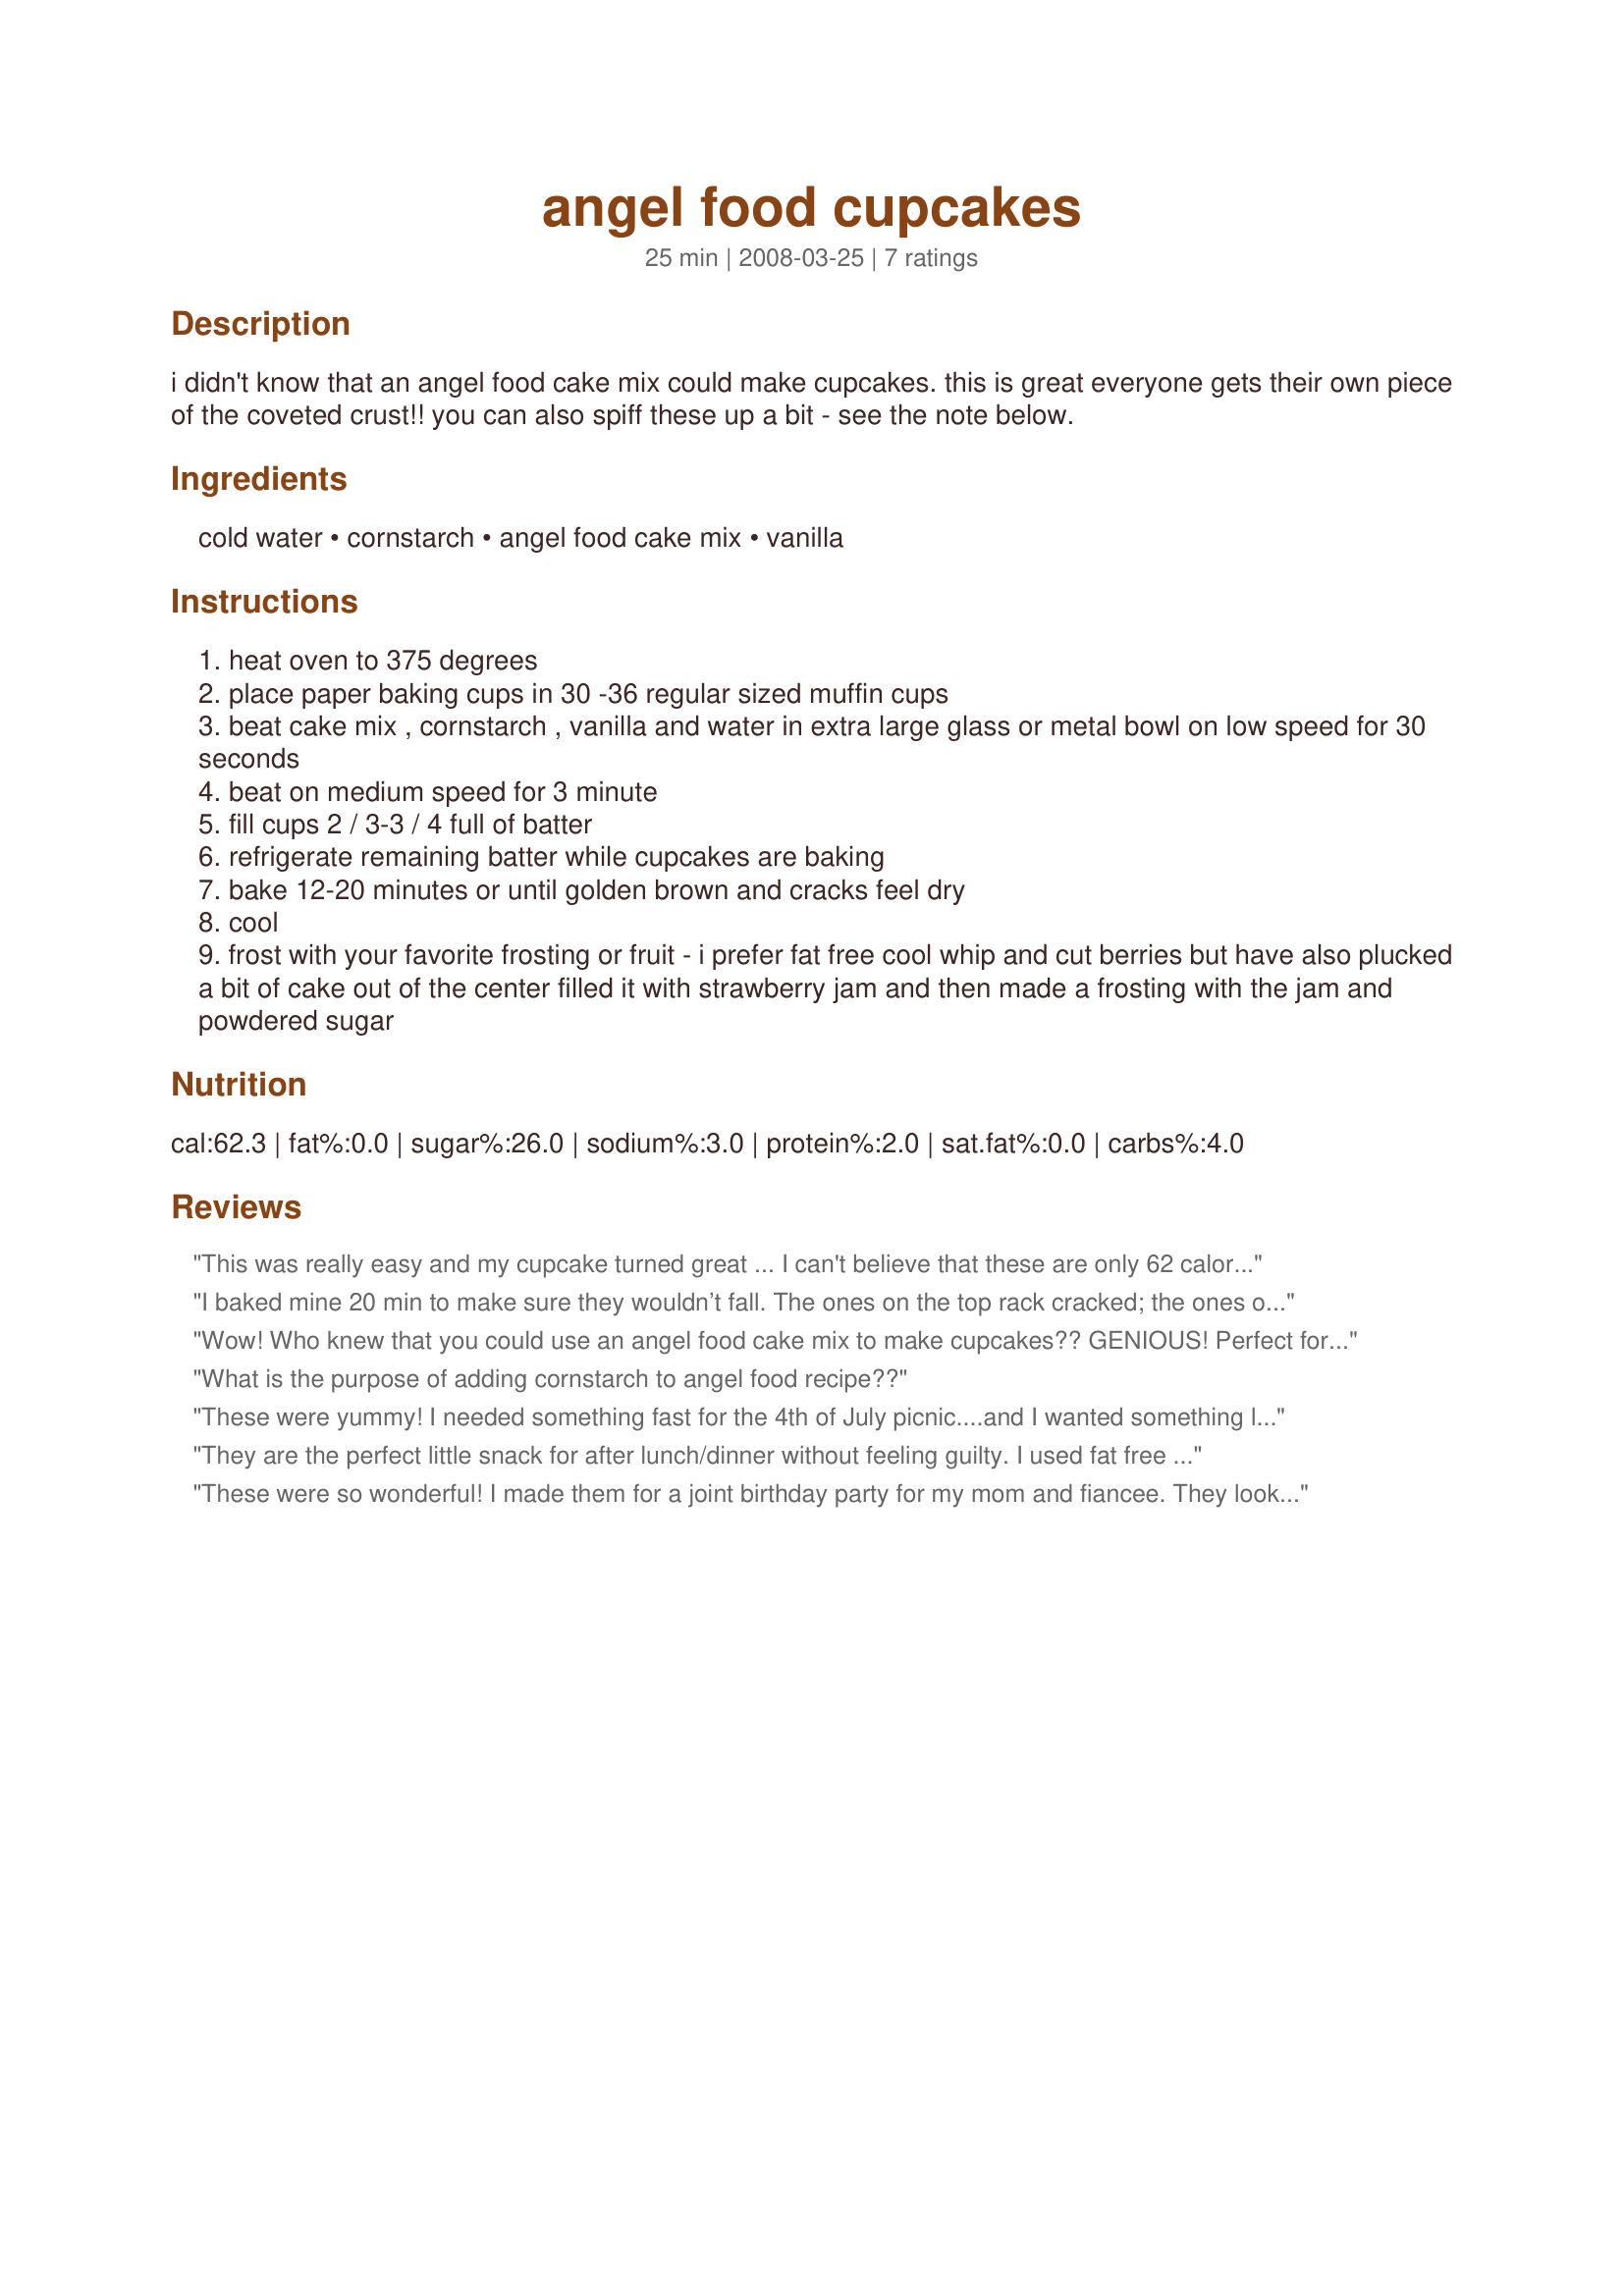
angel food cupcakes
Preparation time: 25 minutes

i didn't know that an angel food cake mix could make cupcakes. this is great everyone gets their own piece of the coveted crust!! you can also spiff these up a bit - see the note below.

Ingredients:
cold water, cornstarch, angel food cake mix, vanilla

Steps:
heat oven to 375 degrees
place paper baking cups in 30 -36 regular sized muffin cups
beat cake mix , cornstarch , vanilla and water in extra large glass or metal bowl on low speed for 30 seconds
beat on medium speed for 3 minute
fill cups 2 / 3-3 / 4 full of batter
refrigerate remaining batter while cupcakes are baking
bake 12-20 minutes or until golden brown and cracks feel dry
cool
frost with your favorite frosting or fruit - i prefer fat free cool whip and cut berries but have also plucked a bit of cake out of the center filled it with strawberry jam and then made a frosting with the jam and powdered sugar

Reviews:
This was really easy and my cupcake turned great ... I can't believe that these are only 62 calories... Great cupcakes for those of us that need to watch our weight!!!
I baked mine 20 min to make sure they wouldn’t fall. The ones on the top rack cracked; the ones on the bottom rack kept smooth tops. A better oven might do a better job, but good to be aware of this possibility. Even so, they peeled easily from their cupcake wrappers and tasted great!
Wow! Who knew that you could use an angel food cake mix to make cupcakes?? GENIOUS! Perfect for anyone on a diet. With only 60 some calories it doesn't ruin a days worth of good eating. These will be a life saver for me. I ate mine plain but I like the suggestions given about the whipped cream and fruit. Can't wait to try that! Thanks so much for posting! I will be keeping this recipe for sure!
What is the purpose of adding cornstarch to angel food recipe??
These were yummy! I needed something fast for the 4th of July picnic....and I wanted something low fat and calorie....this was PERFECT!! I did put 2 drops of blue and red food coloring on some of them and swirled it in with a skewer......gave them a festive look. Definitely will be making these again! Going to serve with fresh Oregon strawberries (THE BEST IN THE ENTIRE WORLD!!!!) and cool fat free frozen yogurt. Can't wait!!! Thanks for a great recipe!!
They are the perfect little snack for after lunch/dinner without feeling guilty. I used fat free coolwhip and frozen raspberries on mine. They're adorable and EASY EASY EASY to make.
These were so wonderful! I made them for a joint birthday party for my mom and fiancee. They looked and tasted great. Topped them with frosting and roses made from fruit by the foot (sounds strange but very cute) and served them alongside mini cherry cheesecakes in cupcake papers. Lovely!
